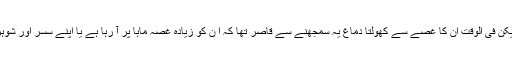
‘‘ اس کے جواب سے ماں جی کو یہ تو بخوبی اندازہ ہو رہا تھا کہ آگ لگنا کسے کہتے ہیں، لیکن فی الوقت ان کا غصے سے کھولتا دماغ یہ سمجھنے سے قاصر تھا کہ ا ن کو زیادہ غصہ ماہا پر آ رہا ہے یا اپنے سسر اور شوہر کے ان تمام تر بے جا لاڈ پر کہ جس کی وجہ سے ماہا بڑی ہوتے ہوتے ایسی ہو گئی تھی ۔